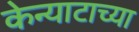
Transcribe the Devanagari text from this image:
केन्याटाच्या